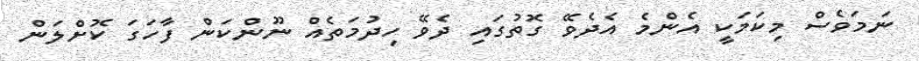
ނަމަވެސް މިކަމަކީ އެންމެ އެދެވޭ ގޮތުގައި ދެވޭ ހިދުމަތެއް ނޫންކަން ފާހަގަ ކޮށްލަން